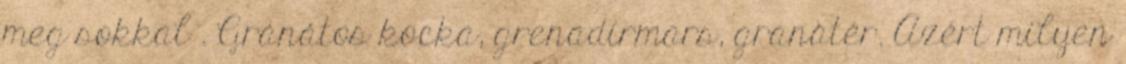
meg sokkal . Gránátos kocka, grenadírmars, granatér. Azért milyen